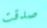
صدقت